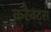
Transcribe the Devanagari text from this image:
करेक्ट्स